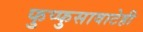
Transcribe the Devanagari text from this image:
फुप्फुसावाटेही